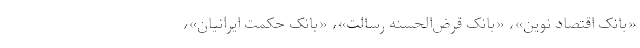
«بانک اقتصاد نوین»، «بانک قرض‌الحسنه رسالت»، «بانک حکمت ایرانیان»،